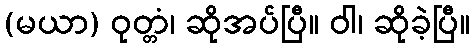
(မယာ) ဝုတ္တံ၊ ဆိုအပ်ပြီ။ ဝါ၊ ဆိုခဲ့ပြီ။